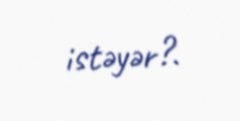
istəyər?.